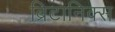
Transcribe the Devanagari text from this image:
ब्रिटानिक्स